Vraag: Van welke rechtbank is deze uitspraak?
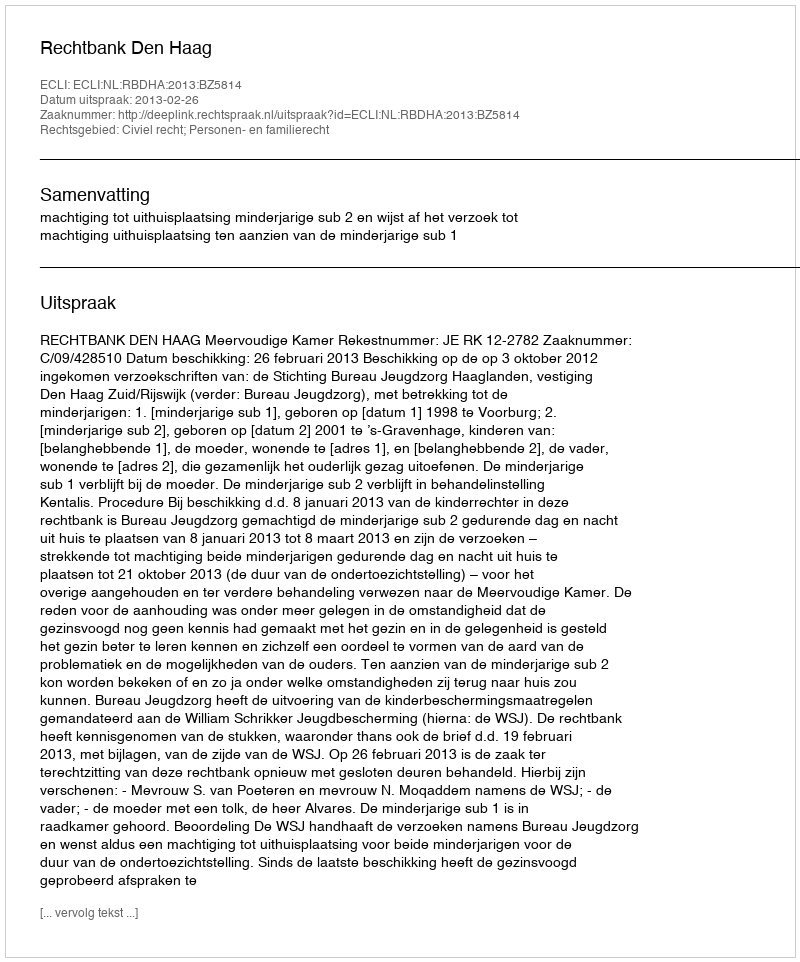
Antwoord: Rechtbank Den Haag